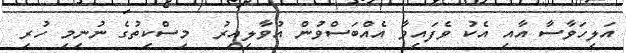
އަލިހަވާސާ އާއި އެކު ވެފައިވާ އެއްބަސްވުން އުވާލިއިރު  މިސްކިތުގެ ނުނިމި ހުރި